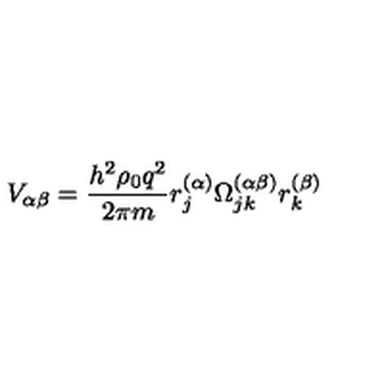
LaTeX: V _ { \alpha \beta } = \frac { h ^ { 2 } \rho _ { 0 } q ^ { 2 } } { 2 \pi m } r _ { j } ^ { ( \alpha ) } \Omega _ { j k } ^ { ( \alpha \beta ) } r _ { k } ^ { ( \beta ) }